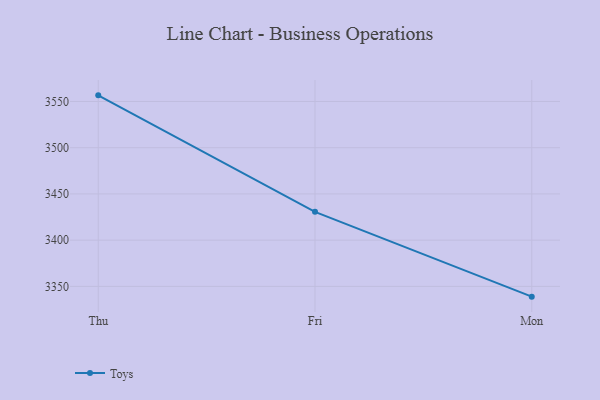
{"axis": {"x": "Day", "y": "LTV (USD)"}, "legend": ["Toys"], "data": [{"x": "Thu", "y": 3556.6, "type": "Toys"}, {"x": "Fri", "y": 3430.6, "type": "Toys"}, {"x": "Mon", "y": 3338.9, "type": "Toys"}]}